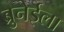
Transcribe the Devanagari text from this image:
ब्रुनेईला